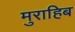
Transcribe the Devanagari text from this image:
मुराहिब